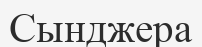
Сынджера